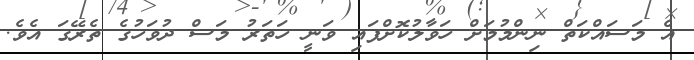
އެ މަސައްކަތް ނިންމުމަށް ހަވާލުކޮށްފައި ވަނީ ހަތަރު މަސް ދުވަހުގެ ތެރޭގަ އެވެ.